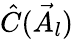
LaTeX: \hat{C}(\vec{A}_{l})